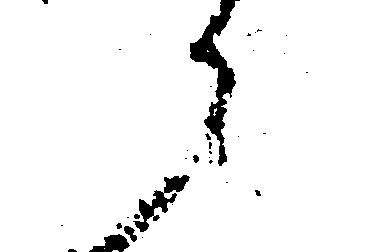
候